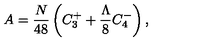
A = \frac { N } { 4 8 } \left( C _ { 3 } ^ { + } + \frac { \Lambda } { 8 } C _ { 4 } ^ { - } \right) ,